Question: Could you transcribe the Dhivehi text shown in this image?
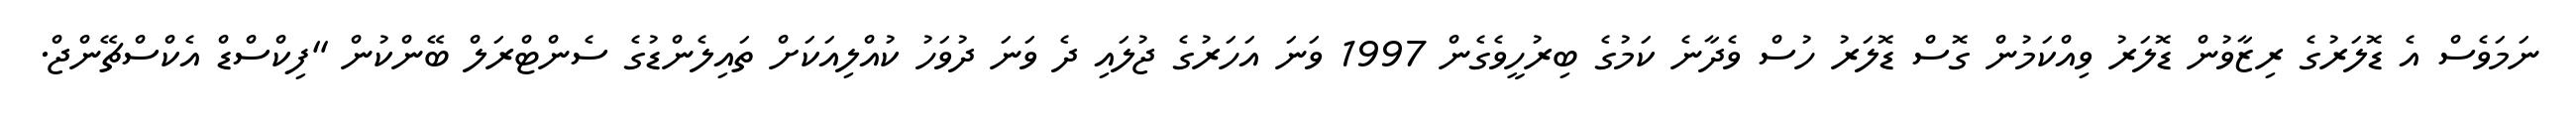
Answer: ނަމަވެސް އެ ޑޮލަރުގެ ރިޒާވުން ޑޮލަރު ވިއްކަމުން ގޮސް ޑޮލަރު ހުސް ވެދާނެ ކަމުގެ ބިރުހީވެގެން 1997 ވަނަ އަހަރުގެ ޖުލައި ދެ ވަނަ ދުވަހު ކުއްލިއަކަށް ތައިލެންޑުގެ ސެންޓްރަލް ބޭންކުން "ފިކްސްޑް އެކްސްޗޭންޖް.